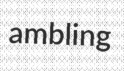
ambling